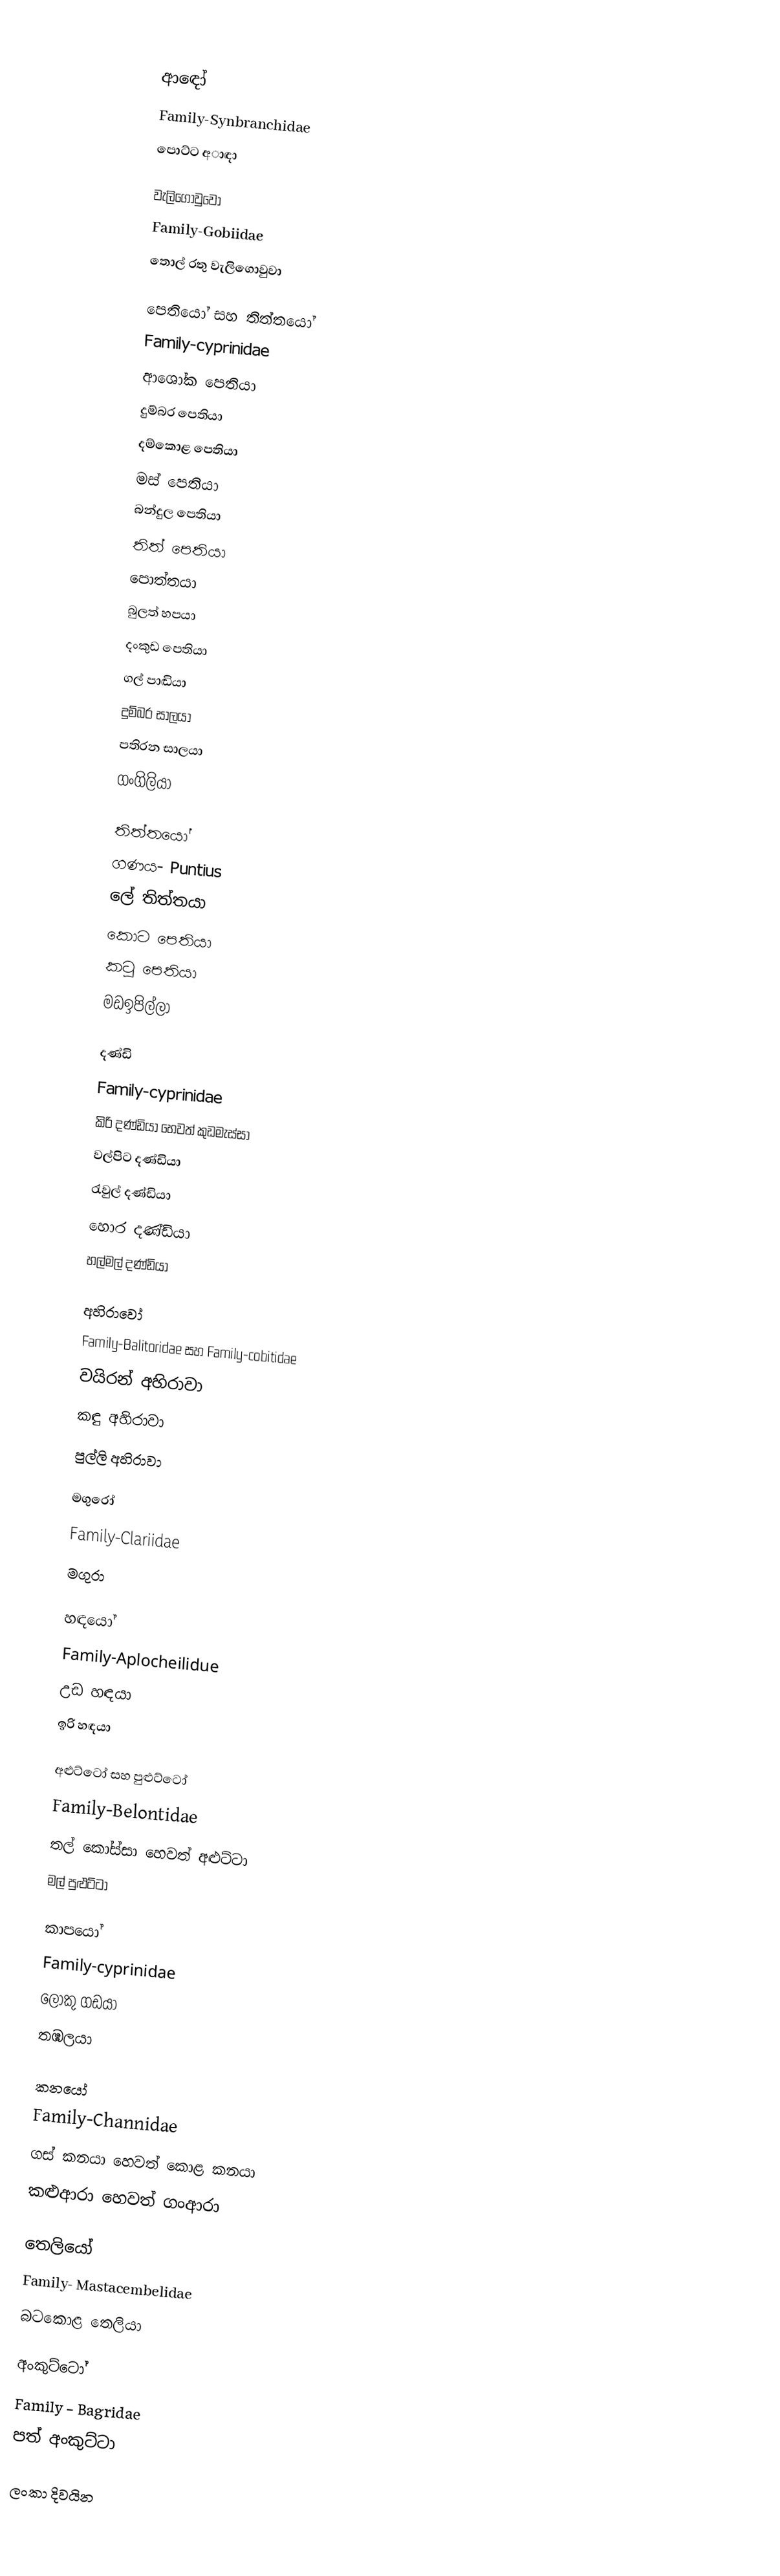

ආඳෝ
Family-Synbranchidae
 පොට්ට අාඳා

වැලිගොවුවෝ
Family-Gobiidae
 තොල් රතු වැලිගොවුවා

පෙතියෝ සහ තිත්තයෝ
Family-cyprinidae
 ආශෝක පෙතියා
 දුම්බර පෙතියා
 දම්කොළ පෙතියා
 මස් පෙතියා
 බන්දුල පෙතියා
 තිත් පෙතියා
 පොත්තයා
 බුලත් හපයා
 දංකුඩ පෙතියා
 ගල් පාඬියා
 දුම්බර සාලයා
 පතිරන සාලයා
 ගංගිලියා

තිත්තයෝ
ගණය-  	Puntius
 ලේ තිත්තයා
 කොට පෙතියා
 කටු පෙතියා
 මඩඉපිල්ලා

දණ්ඩි
Family-cyprinidae
 කිරි දණ්ඩියා හෙවත් කුඩමැස්සා
 වල්පිට දණ්ඩියා
 රැවුල් දණ්ඩියා
 හොර දණ්ඩියා
 හල්මල් දණ්ඩියා

අහිරාවෝ
Family-Balitoridae සහ Family-cobitidae
 වයිරන් අහිරාවා
 කඳු අහිරාවා
 පුල්ලි අහිරාවා

මගුරෝ
Family-Clariidae
 මගුරා

හඳයෝ
Family-Aplocheilidue
 උඩ හඳයා
 ඉරි හඳයා

අළුට්ටෝ සහ පුළුට්ටෝ
Family-Belontidae
 තල් කෝස්සා හෙවත් අළුට්ටා
 මල් පුළුට්ටා

කාපයෝ
Family-cyprinidae
 ලොකු ගඩයා
 තඹලයා

කනයෝ
Family-Channidae
 ගස් කනයා හෙවත් කොළ කනයා
 කළුආරා හෙවත් ගංආරා

තෙලියෝ
Family- Mastacembelidae
 බටකොළ තෙලියා

අංකුට්ටෝ
Family - Bagridae
 පත් අංකුට්ටා

ලංකා දිවයින